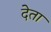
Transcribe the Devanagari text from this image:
देेता